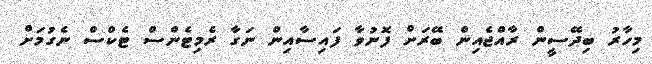
މިހާރު ބިދޭސީން ރާއްޖެއިން ބޭރަށް ފޮނުވާ ފައިސާއިން ނަގާ ރެމިޓެންސް ޓެކްސް ނެގުމަށް